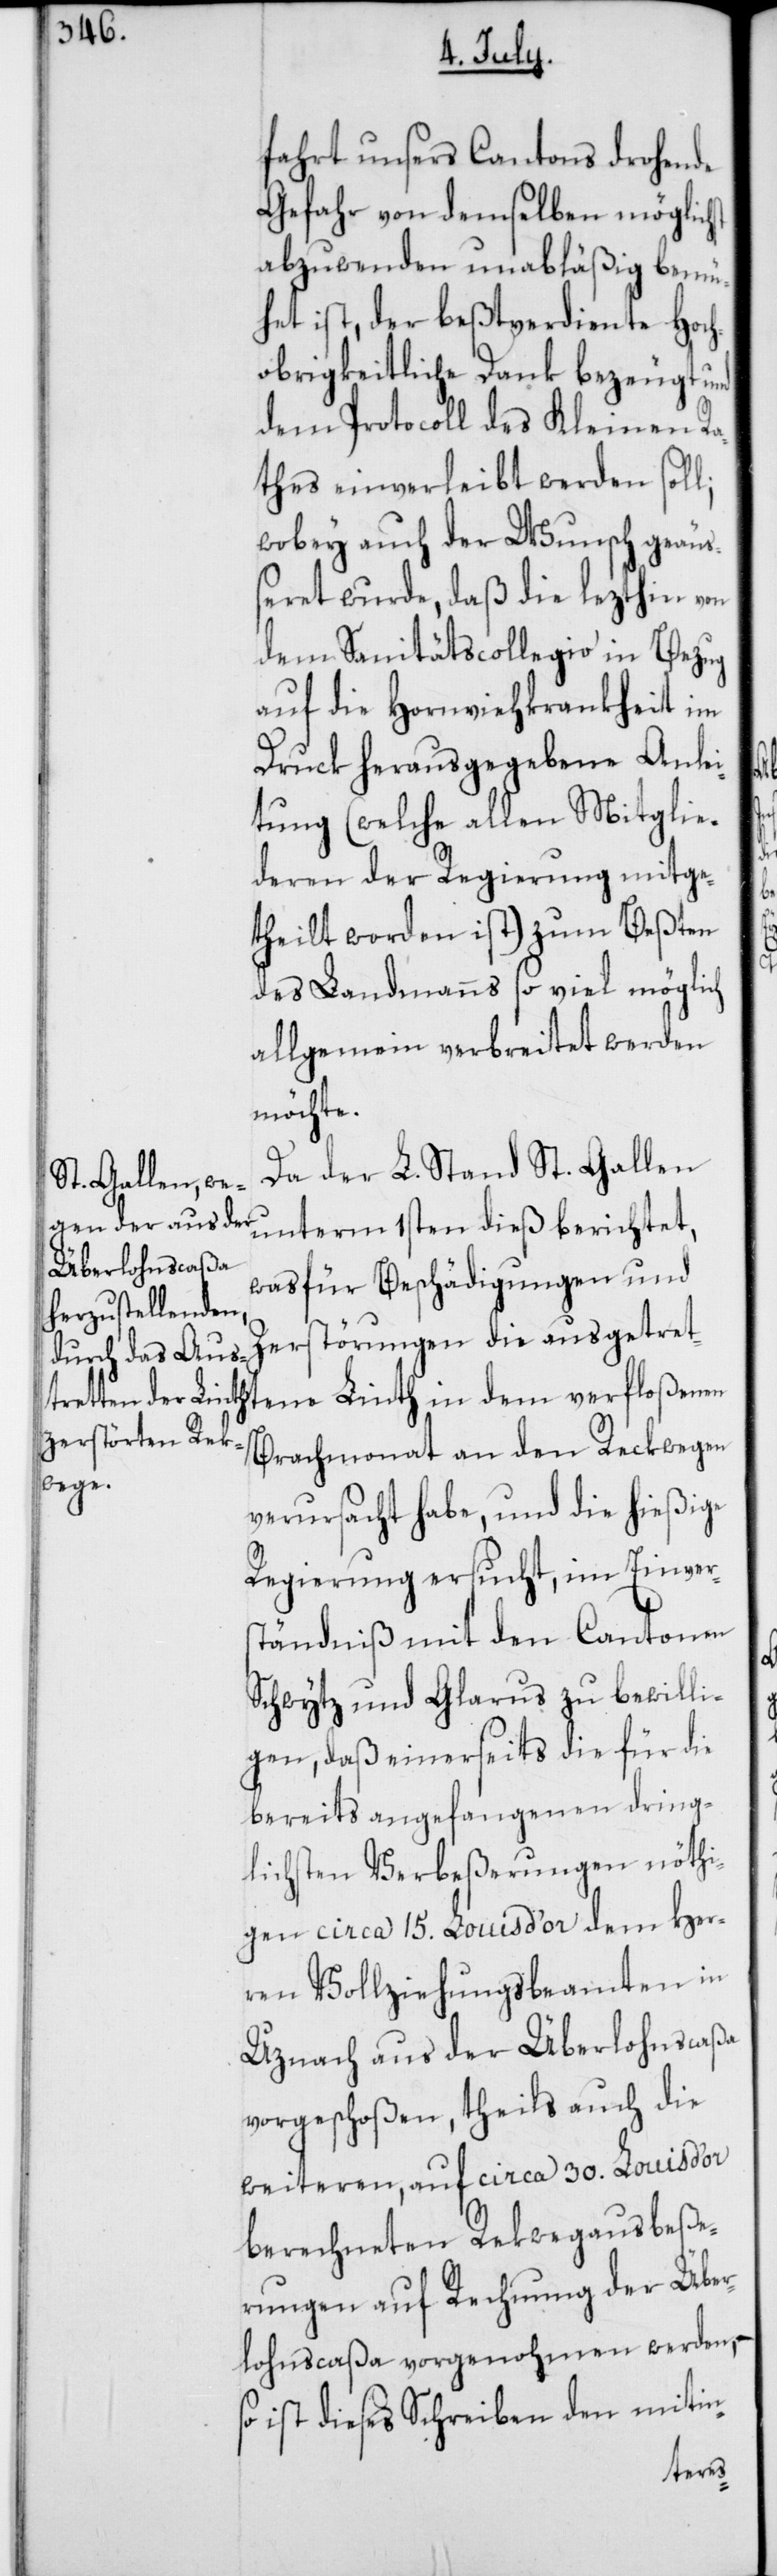
fahrt unsers Cantons drohende
Gefahr von demselben möglichst
abzuwenden unabläßig bemü¬
het ist, der beßtverdiente Hoch¬
obrigkeitliche Dank bezeugt und
dem Protocoll des Kleinen Ra¬
thes einverleibt werden soll;
wobey auch der Wunsch geäu¬
ßeret wurde, daß die lezthin von
dem Sanitätscollegio in Bezug
auf die Hornviehkrankheit im
Druck herausgegebene Anlei¬
tung (welche allen Mitglie¬
deren der Regierung mitge¬
theilt worden ist) zum Beßten
des Landmanns so viel möglich
allgemein verbreitet werden
möchte.
Da der L. Stand St. Gallen
unterm 1sten dieß berichtet,
was für Beschädigungen und
Zerstörungen die ausgetret¬
Brachmonat an den Reckwegen
verursacht habe, und die hießige
Regierung ersucht, in Einver¬
ständniß mit den Cantonen
Schwytz und Glarus zu bewilli¬
gen, daß einerseits die für die
bereits angefangenen dring¬
lichsten Verbeßerungen nöthi¬
gen circa 15. Louis d’or dem Her¬
ren Vollziehungsbeamten in
Uznach aus der Überlohnscaßa
vorgeschoßen, theils auch die
weiteren, auf circa 30. Louis d’or
berechneten Rekwegausbeße¬
rungen auf Rechnung der Über¬
lohnscaßa vorgenohmen werden, –
ist dieses Schreiben den mitin-
tene